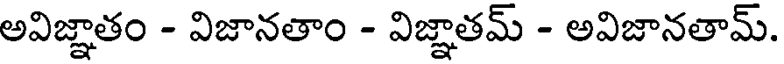
అవిజ్ఞాతం - విజానతాం - విజ్ఞాతమ్ - అవిజానతామ్.